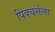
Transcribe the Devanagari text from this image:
पिक्चर्सला